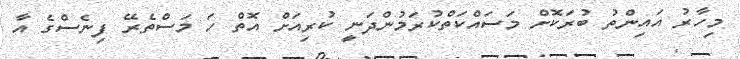
މިހާރު އައިންތު ބުރަކޮށް މަސައްކަތްކުރަމުންދަނީ ކުރިއަށް އޮތް ހަ މަސްތެރޭ ފިނެސްގެ އާ